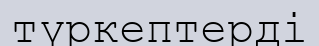
түркептерді